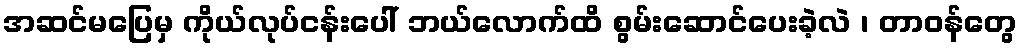
အဆင်မပြေမှ ကိုယ်လုပ်ငန်းပေါ် ဘယ်လောက်ထိ စွမ်းဆောင်ပေးခဲ့လဲ ၊ တာဝန်တွေ